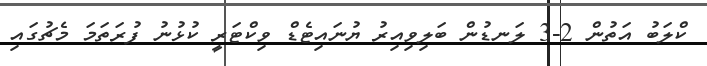
ކްލަބު އަތުން 2-3 ލަނޑުން ބަލިވިއިރު ޔުނައިޓެޑް ވިކްޓަރީ ކުޅުނު ފުރަތަމަ މެޗުގައި